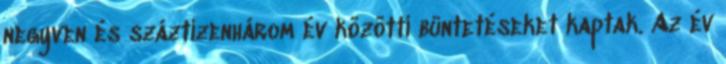
negyven és száztizenhárom év közötti büntetéseket kaptak. Az év